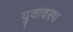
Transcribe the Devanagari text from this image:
युवावस्थ